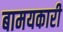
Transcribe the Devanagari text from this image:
बामयकारी